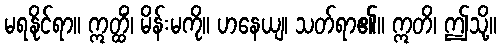
မရနိုင်ရာ။ ဣတ္ထိံ၊ မိန်းမကို။ ဟနေယျ၊ သတ်ရာ၏။ ဣတိ၊ ဤသို့။